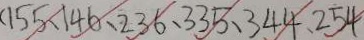
( 1 5 5 、 1 4 6 、 2 3 6 、 3 3 5 、 3 4 4 、 2 5 4